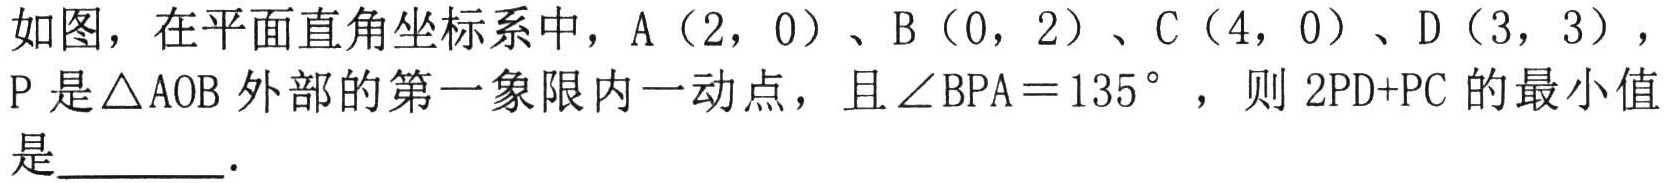
如图，在平面直角坐标系中，\(A(2,0)\)、\(B(0,2)\)、\(C(4,0)\)、\(D(3,3)\)，\(P\)是\(\triangle AOB\)外部的第一象限内一动点，且\(\angle BPA = 135^{\circ}\)，则 \(2PD + PC\) 的最小值是  ．